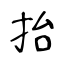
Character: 抬